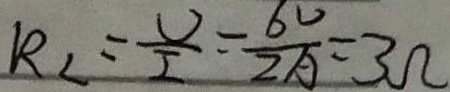
R _ { 2 } = \frac { V } { I } = \frac { 6 v } { 2 A } = 3 \Omega